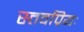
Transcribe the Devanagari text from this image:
स्तवप्रियः